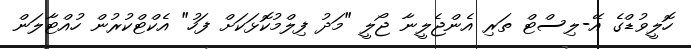
ހޮލީވުޑްގެ އޭ-ލިސްޓް ތަރި އެންޖެލީނާ ޖޯލީ "މަދު ފިލްމުކޮޅަކަށް ފަހު" އެކްޓްކުރުން ހުއްޓާލަން